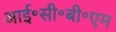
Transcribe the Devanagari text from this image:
आई॰सी॰बी॰एम